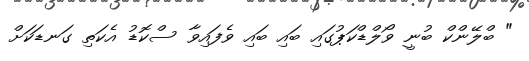
" ބްލޭންކް ބުނީ ވޯލްޑްކަޕުގައި ބައި ބައި ވެފައިވާ ސްކޮޑު އެކަތި ގަނޑަކަށް